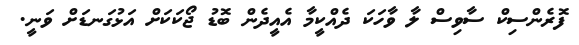
ފޮރެންސިކް ސާވިސް ލާ ވާހަކަ ދެއްކީމާ އެއީދެން ބޮޑު ޖޯކަކަށް އަޅުގަނޑަށް ވަނީ.